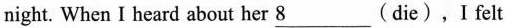
night. When I heard about her \underline{8}___( die),I felt